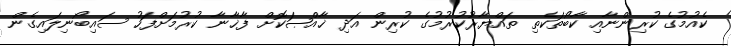
ކެއުމުގެ ކުރިންނާއި ކާބޯތަކެތި ތައްޔާރުކުރުމުގެ ކުރިން އަދި ޚާއްޞަކޮށް ފާޚާނާ ކުރުމަށްފަހު ސައިބޯނިލައިގެން